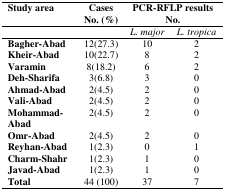
<table><thead><tr><td><b>Study area</b></td><td><b>Cases No. (%)</b></td><td colspan="2"><b>PCR-RFLP results No.</b></td></tr><tr><td></td><td></td><td><b><i>L. major</i></b></td><td><b><i>L. tropica</i></b></td></tr></thead><tbody><tr><td><b>Bagher-Abad</b></td><td>12(27.3)</td><td>10</td><td>2</td></tr><tr><td><b>Kheir-Abad</b></td><td>10(22.7)</td><td>8</td><td>2</td></tr><tr><td><b>Varamin</b></td><td>8(18.2)</td><td>6</td><td>2</td></tr><tr><td><b>Deh-Sharifa</b></td><td>3(6.8)</td><td>3</td><td>0</td></tr><tr><td><b>Ahmad-Abad</b></td><td>2(4.5)</td><td>2</td><td>0</td></tr><tr><td><b>Vali-Abad</b></td><td>2(4.5)</td><td>2</td><td>0</td></tr><tr><td><b>Mohammad-Abad</b></td><td>2(4.5)</td><td>2</td><td>0</td></tr><tr><td><b>Omr-Abad</b></td><td>2(4.5)</td><td>2</td><td>0</td></tr><tr><td><b>Reyhan-Abad</b></td><td>1(2.3)</td><td>0</td><td>1</td></tr><tr><td><b>Charm-Shahr</b></td><td>1(2.3)</td><td>1</td><td>0</td></tr><tr><td><b>Javad-Abad</b></td><td>1(2.3)</td><td>1</td><td>0</td></tr><tr><td><b>Total</b></td><td>44 (100)</td><td>37</td><td>7</td></tr></tbody></table>